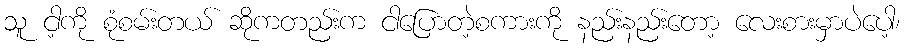
သူ ငါ့ကို စုံစမ်းတယ် ဆိုကတည်းက ငါပြောတဲ့စကားကို နည်းနည်းတော့ လေးစားမှာပဲပေါ့၊